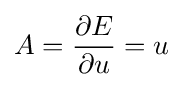
A={\frac {\partial E}{\partial u}}=u